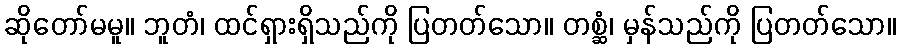
ဆိုတော်မမူ။ ဘူတံ၊ ထင်ရှားရှိသည်ကို ပြတတ်သော။ တစ္ဆံ၊ မှန်သည်ကို ပြတတ်သော။